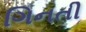
ગિનતી